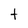
Character: t